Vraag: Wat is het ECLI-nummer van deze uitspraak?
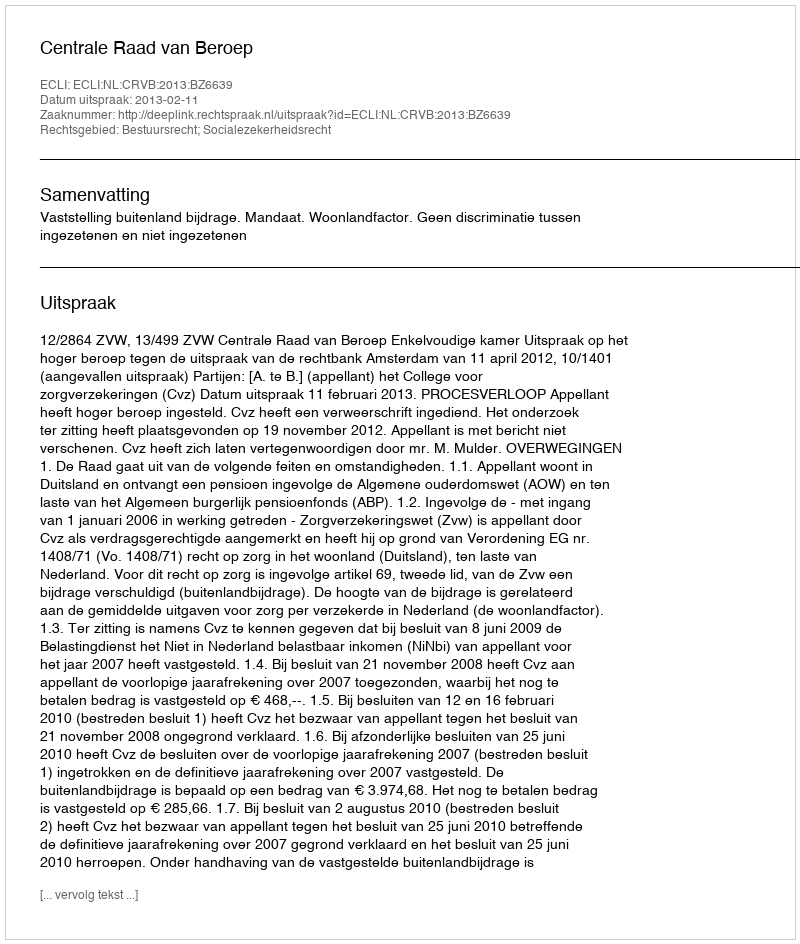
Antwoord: ECLI:NL:CRVB:2013:BZ6639